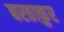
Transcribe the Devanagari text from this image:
बरठाकुर